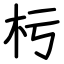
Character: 杇